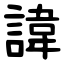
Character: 諱